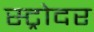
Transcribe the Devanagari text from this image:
स्ट्रोदर